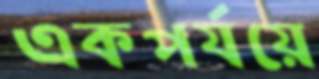
একপর্যয়ে